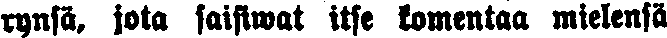
rynsä, jota saisiwat itse komentaa mielensä